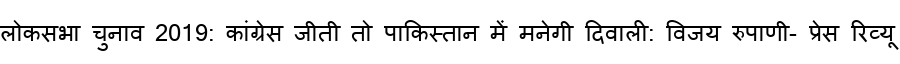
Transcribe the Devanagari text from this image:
लोकसभा चुनाव 2019: कांग्रेस जीती तो पाकिस्तान में मनेगी दिवाली: विजय रुपाणी- प्रेस रिव्यू